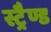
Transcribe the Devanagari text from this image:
स्ट्रैण्ड